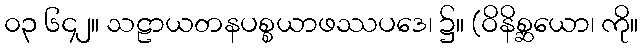
၀၃ ၆၄၂။ သဠာယတနပစ္စယာဖဿပဒေ၊ ၌။ (ဝိနိစ္ဆယော၊ ကို။